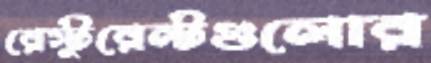
রেস্টুরেন্টগুলোর